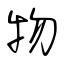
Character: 物